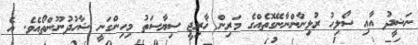
ނަޝީދު އާއި ސޯލިހު ރުޅިނާންނާނޭގޮތެއްގެ މަރިން ޚާރިޖީ ސިޔާސަތު މިހިންގަނީ ޝާހުދުނޫންތޯއެވެ. އެ